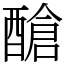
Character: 䤌